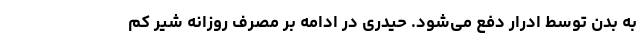
به بدن توسط ادرار دفع می‌شود. حیدری در ادامه بر مصرف روزانه شیر کم